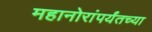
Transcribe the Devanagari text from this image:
महानोरांपर्यंतच्या